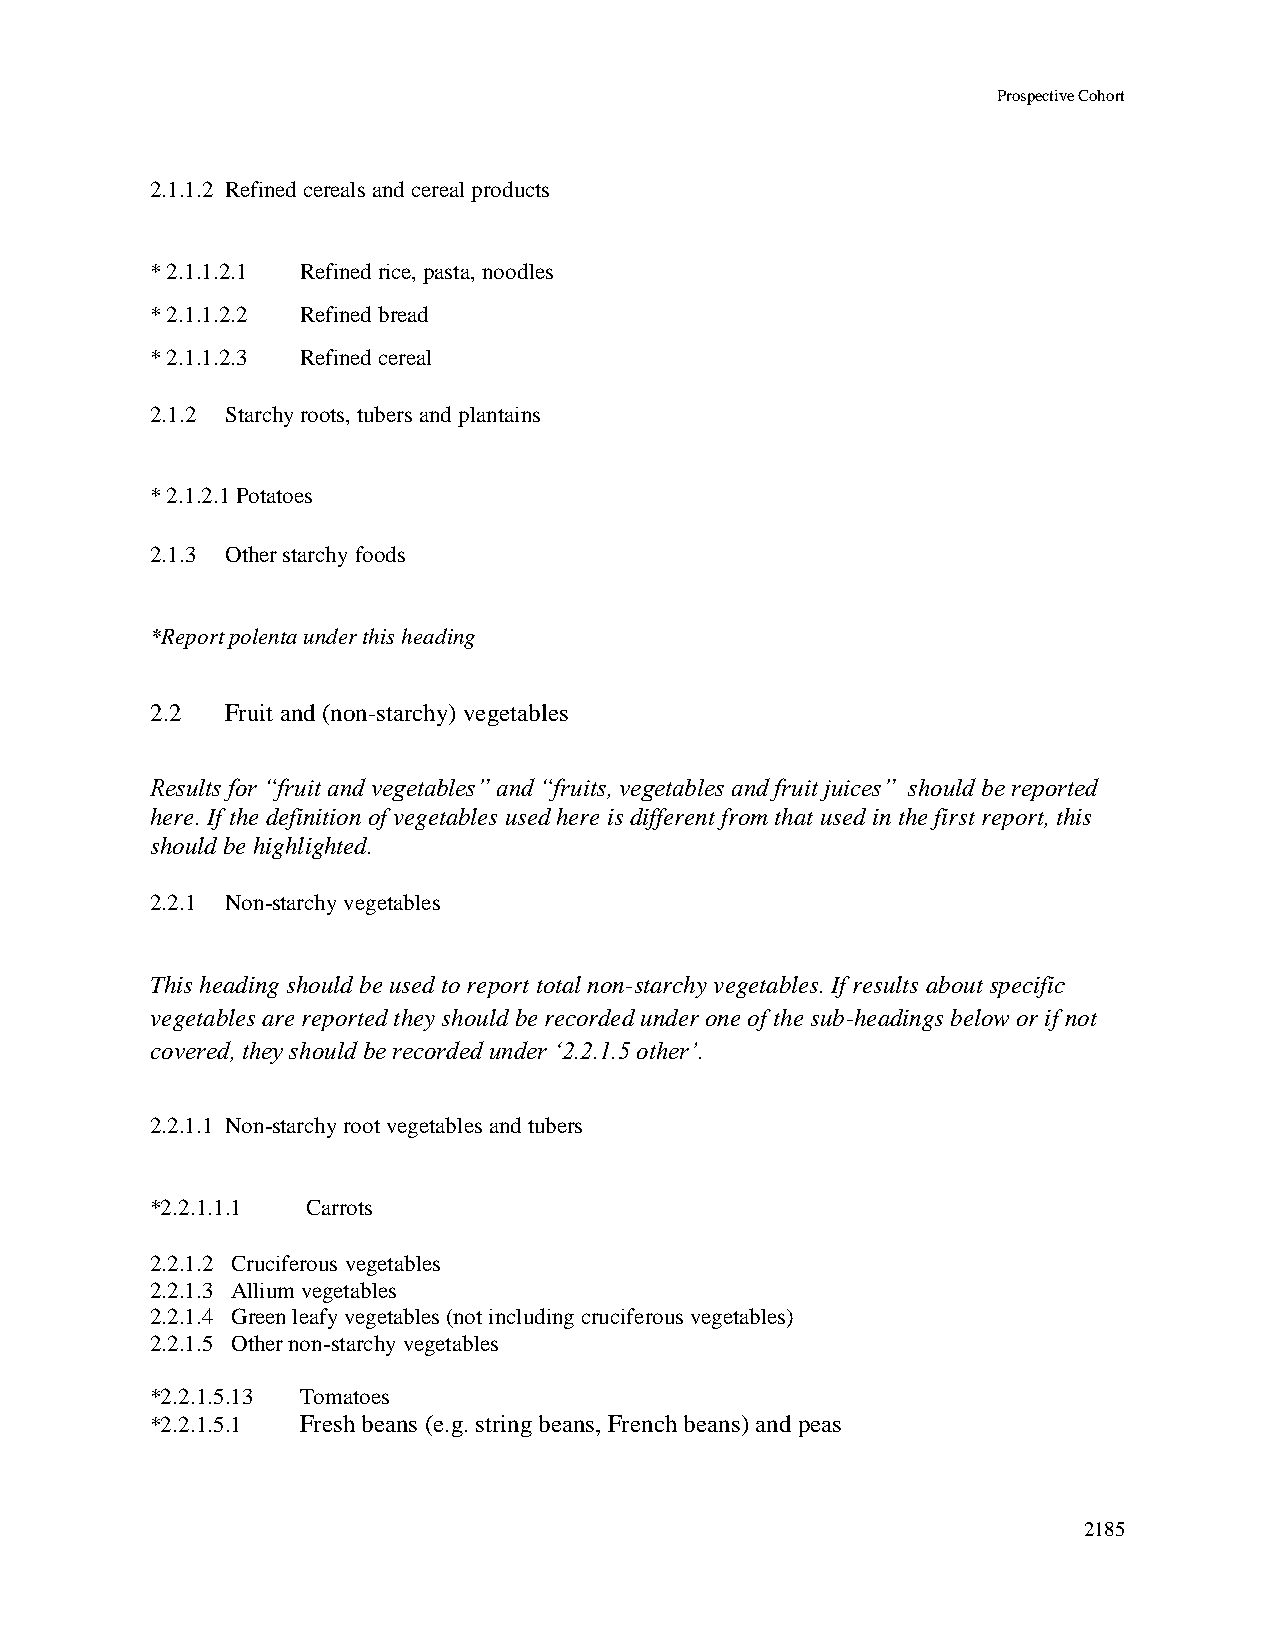
Prospective Cohort
 2.1.1.2 Refined cereals and cereal products
 * 2.1.1.2.1 Refined rice, pasta, noodles
 * 2.1.1.2.2 Refined bread
 * 2.1.1.2.3 Refined cereal
 2.1.2 Starchy roots, tubers and plantains
 * 2.1.2.1 Potatoes
 2.1.3 Other starchy foods
 *Report polenta under this heading
 2.2  Fruit and (non-starchy) vegetables
 Results for “fruit and vegetables” and “fruits, vegetables and fruit juices” should be reported
 here. If the definition of vegetables used here is different from that used in the first report, this
 should be highlighted.
 2.2.1 Non-starchy vegetables
 This heading should be used to report total non-starchy vegetables. If results about specific
 vegetables are reported they should be recorded under one of the sub-headings below or if not
 covered, they should be recorded under ‘2.2.1.5 other’.
 2.2.1.1 Non-starchy root vegetables and tubers
 *2.2.1.1.1 Carrots
 2.2.1.2 Cruciferous vegetables
 2.2.1.3 Allium vegetables
 2.2.1.4 Green leafy vegetables (not including cruciferous vegetables)
 2.2.1.5 Other non-starchy vegetables
 *2.2.1.5.13 Tomatoes
 *2.2.1.5.1 Fresh beans (e.g. string beans, French beans) and peas
 2185